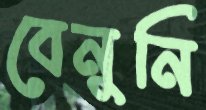
বেনুনি